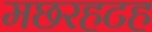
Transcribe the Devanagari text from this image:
मछरहटह